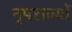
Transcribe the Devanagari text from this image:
नृपराज्यों